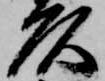
頭